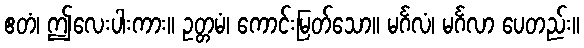
ဧတံ၊ ဤလေးပါးကား။ ဥတ္တမံ၊ ကောင်းမြတ်သော။ မင်္ဂလံ၊ မင်္ဂလာ ပေတည်း။